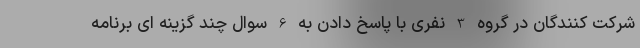
شرکت کنندگان در گروه 3 نفری با پاسخ دادن به 6 سوال چند گزینه ای برنامه